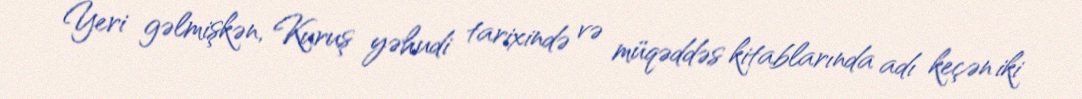
Yeri gəlmişkən, Kuruş yəhudi tarixində və müqəddəs kitablarında adı keçən iki